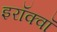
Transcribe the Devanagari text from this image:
इरॉक्वॉ